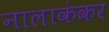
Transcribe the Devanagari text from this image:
नालाकंकर